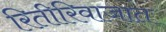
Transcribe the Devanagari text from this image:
रितीरिवाजात